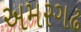
અમરગઢ